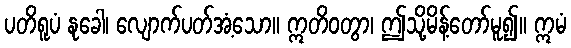
ပတိရူပံ နုခေါ၊ လျောက်ပတ်အံ့သော။ ဣတိဝတွာ၊ ဤသို့မိန့်တော်မူ၍။ ဣမံ